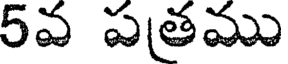
5వ పత్రము